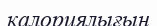
калориялығын